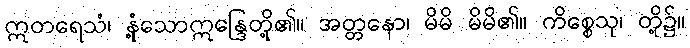
ဣတရေသံ၊ နုံ့သောဣန္ဒြေတို့၏။ အတ္တနော၊ မိမိ မိမိ၏။ ကိစ္စေသု၊ တို့၌။